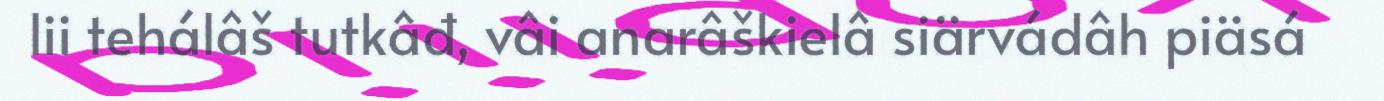
lii tehálâš tutkâđ, vâi anarâškielâ siärvádâh piäsá